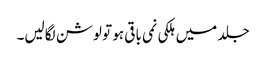
جلد میں ہلکی نمی باقی ہو تو لوشن لگالیں۔